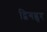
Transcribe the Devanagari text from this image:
द्विगह्वर